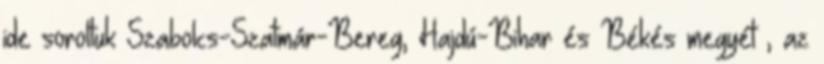
ide soroltuk Szabolcs-Szatmár-Bereg, Hajdú-Bihar és Békés megyét , az